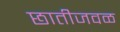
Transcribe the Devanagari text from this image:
छातीजवळ